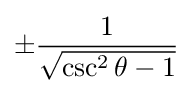
\pm {\frac {1}{\sqrt {\csc ^{2}\theta -1}}}